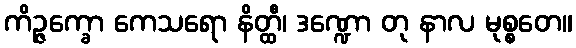
ကိဉ္ဇက္ခော ကေသရော နိတ္ထီ၊ ဒဏ္ဍော တု နာလ မုစ္စတေ။